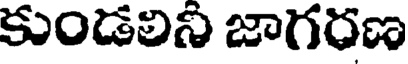
కుండలిని జాగరణ